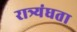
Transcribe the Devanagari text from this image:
रात्र्यंधता